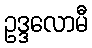
ဥဒ္ဒလောမီ